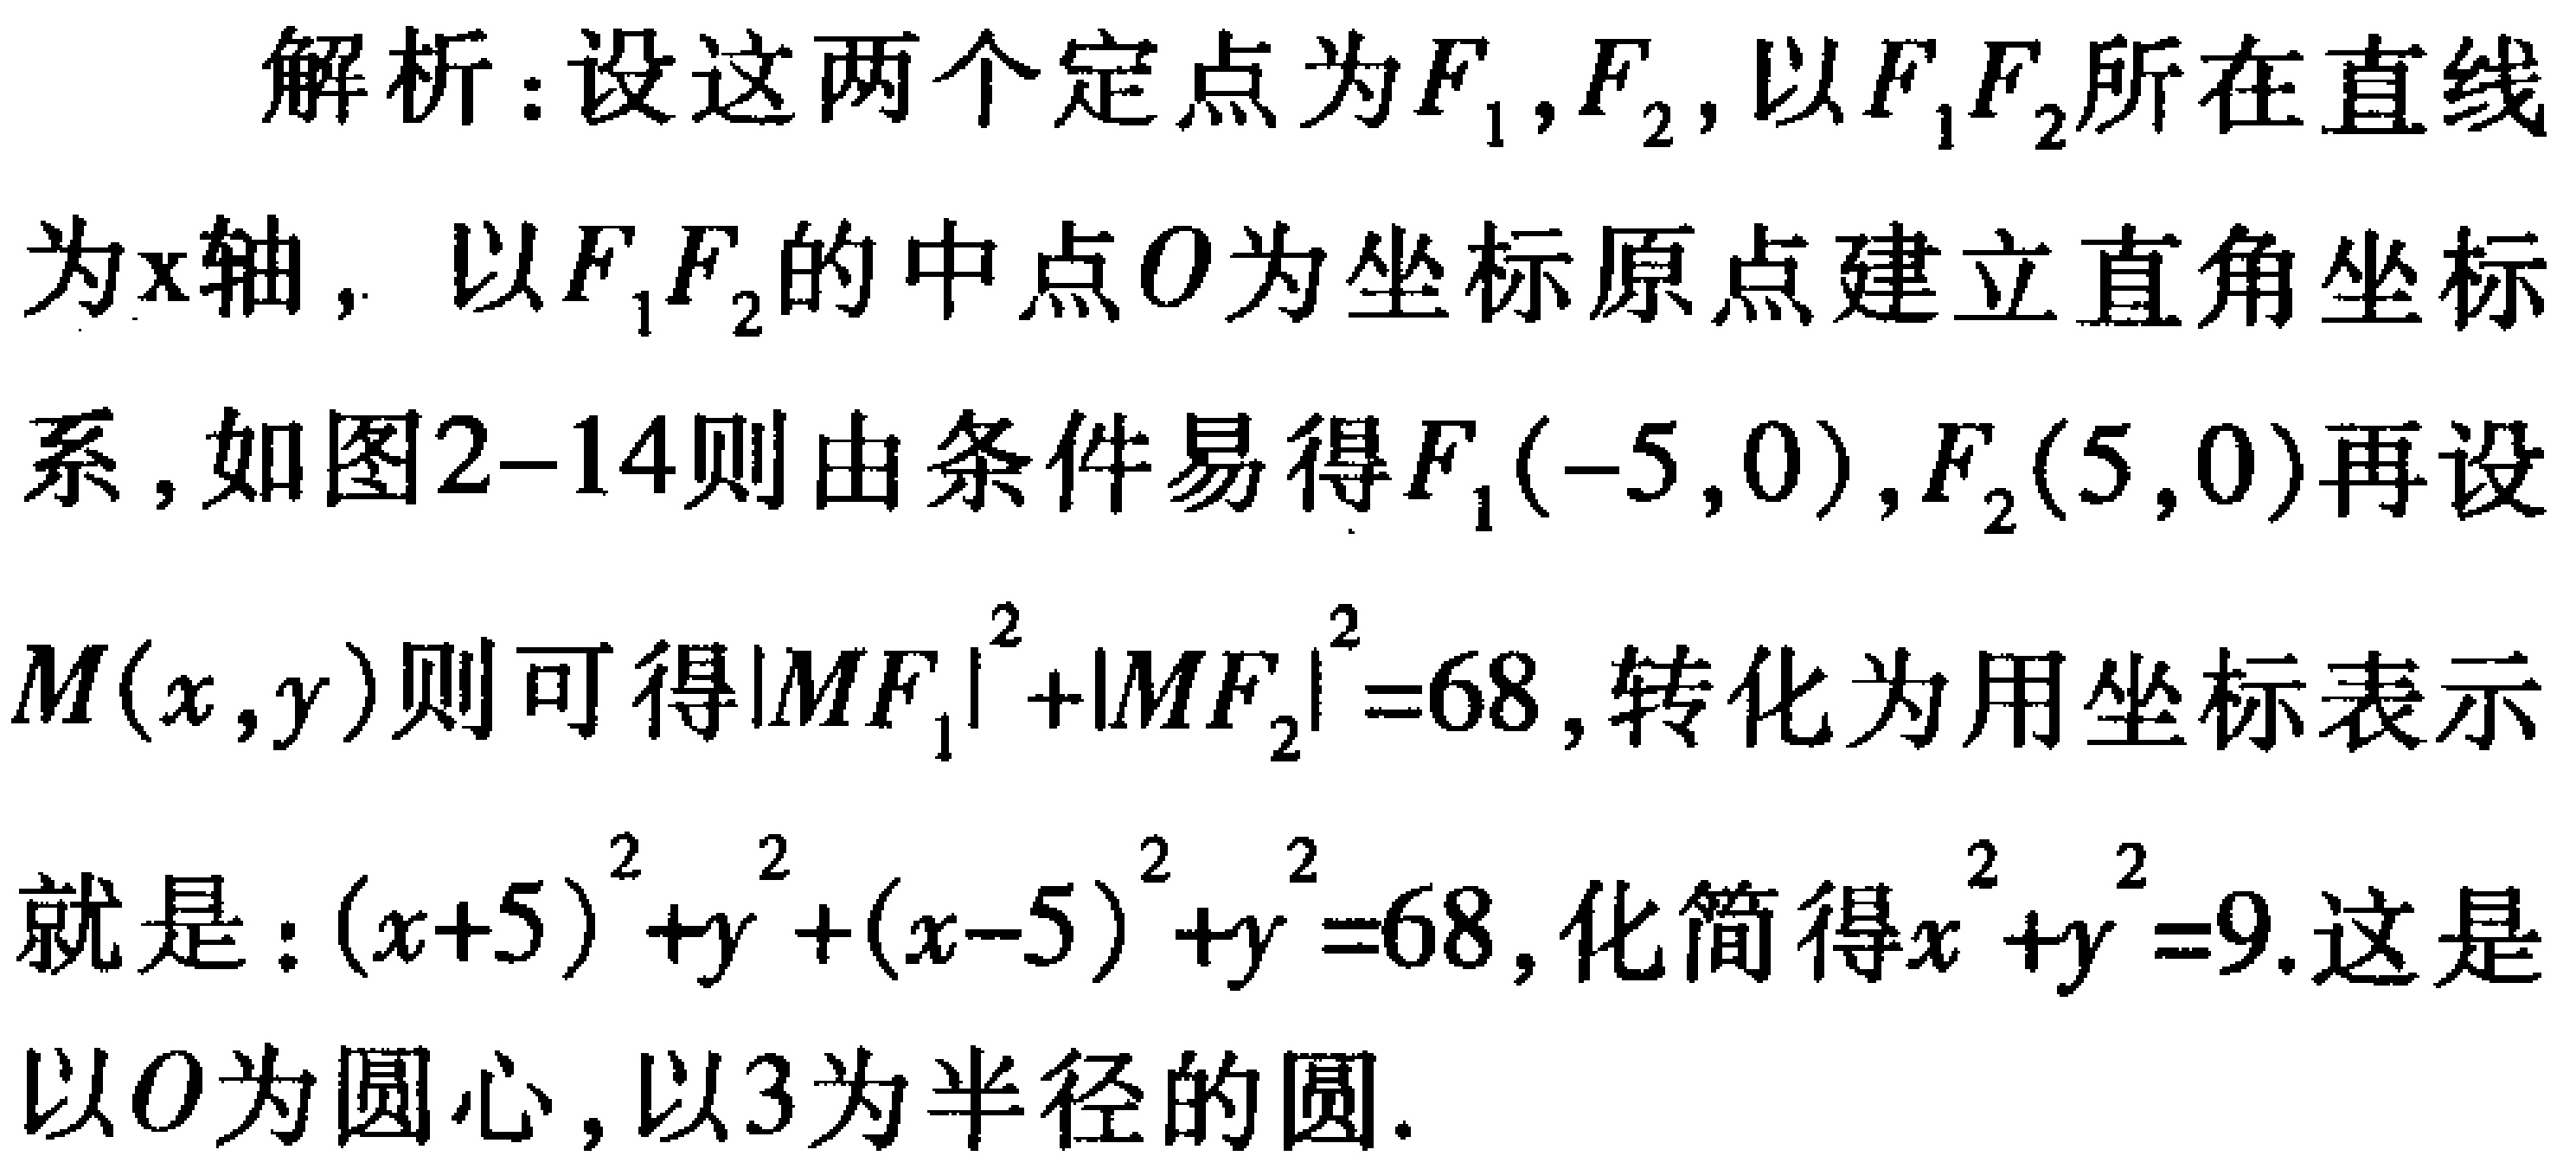
解析：设这两个定点为\(F_{1},F_{2}\)，以\(F_{1}F_{2}\)所在直线为\(x\)轴，以\(F_{1}F_{2}\)的中点\(O\)为坐标原点建立直角坐标系，如图2--14则由条件易得\(F_{1}(-5,0),F_{2}(5,0)\)再设\(M(x,y)\)则可得\(\vert MF_{1}\vert^{2}+\vert MF_{2}\vert^{2}=68\)，转化为用坐标表示就是：\((x + 5)^{2}+y^{2}+(x - 5)^{2}+y^{2}=68\)，化简得\(x^{2}+y^{2}=9\).这是以\(O\)为圆心，以\(3\)为半径的圆.